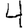
Digit: 4